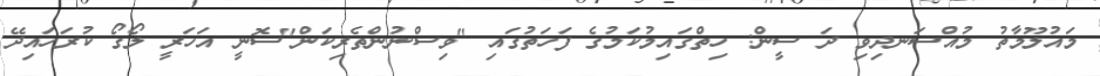
މައުލޫމާތު މުއްސަނދިވި ދަ ސީން: ހިތްގައިމުކަމުގެ ފަހަތުގައި "ވިސްނުންތެރިކަން"ސޮނީ އަހަރީ ލޯގޯ ކުރަހައިދޭ